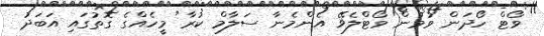
ވޯޓް ހޯދަން ވުމުން ވޯޓްލެޥޭ އެންމެނާ ސަލާމް ކުރާ މީހެއްގެ ގޮތުގައި އަބަދު